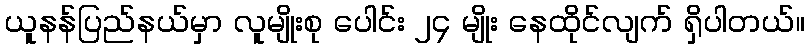
ယူနန်ပြည်နယ်မှာ လူမျိုးစု ပေါင်း ၂၄ မျိုး နေထိုင်လျက် ရှိပါတယ်။